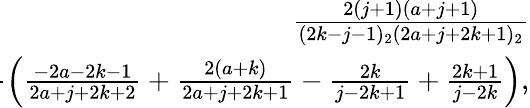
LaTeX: \begin{array}{r}{\! \! \! \! \! \! \! \! \! \! \! \! \! \! \! \! \! \! \! \! \! \! \! \! \! \frac{2(j+1)(a+j+1)}{(2k-j-1)_{2}(2a+j+2k+1)_{2}}}\\ {\! \! \! \! \! \! \! \! \! \! \! \! \! \! \! \! \! \! \! \! \! \! \! \! \! =\frac{1}{2a+4k+1}\left(\frac{-2a-2k-1}{2a+j+2k+2}+\frac{2(a+k)}{2a+j+2k+1}-\frac{2k}{j-2k+1}+\frac{2k+1}{j-2k}\right),}\end{array}